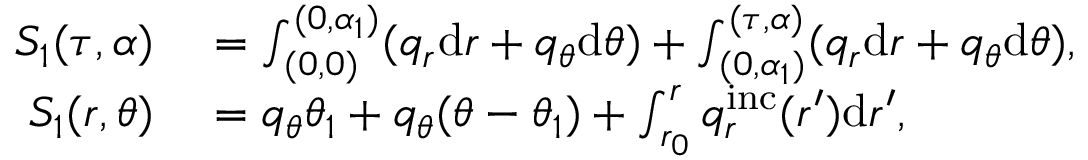
\begin{array} { r l } { S _ { 1 } ( \tau , \alpha ) } & { { } = \int _ { ( 0 , 0 ) } ^ { ( 0 , \alpha _ { 1 } ) } ( q _ { r } \mathrm { d } r + q _ { \theta } \mathrm { d } \theta ) + \int _ { ( 0 , \alpha _ { 1 } ) } ^ { ( \tau , \alpha ) } ( q _ { r } \mathrm { d } r + q _ { \theta } \mathrm { d } \theta ) , } \\ { S _ { 1 } ( r , \theta ) } & { { } = q _ { \theta } \theta _ { 1 } + q _ { \theta } ( \theta - \theta _ { 1 } ) + \int _ { r _ { 0 } } ^ { r } q _ { r } ^ { \mathrm { i n c } } ( r ^ { \prime } ) \mathrm { d } r ^ { \prime } , } \end{array}